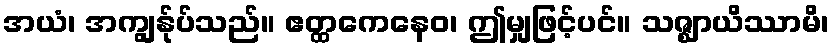
အယံ၊ အကျွန်ုပ်သည်။ ဧတ္ထကေနေဝ၊ ဤမျှဖြင့်ပင်။ သဇ္ဈာယိဿာမိ၊